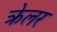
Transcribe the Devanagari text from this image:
क्रेलर